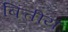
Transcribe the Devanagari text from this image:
बित्तीय